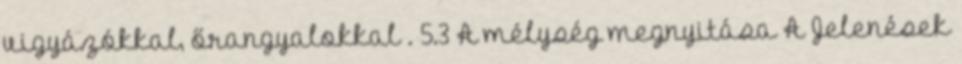
vigyázókkal, őrangyalokkal . 5.3 A mélység megnyitása A Jelenések